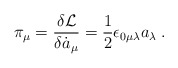
\begin{align*}\pi_\mu=\frac{\delta{\cal L}}{\delta \dot{a}_\mu}= \frac{1}{2}\epsilon_{0\mu\lambda}a_\lambda\;.\end{align*}